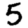
Digit: 5